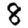
Digit: 8